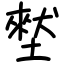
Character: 㙬